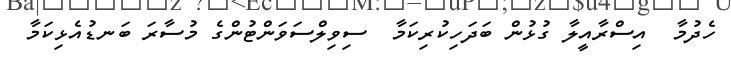
ހެދުމާ  އިސްރާއީލާ ގުޅުން ބަދަހިކުރިކަމާ  ސިވިލްސަވަންޓުންގެ މުސާރަ ބަނޑުއެޅިކަމާ